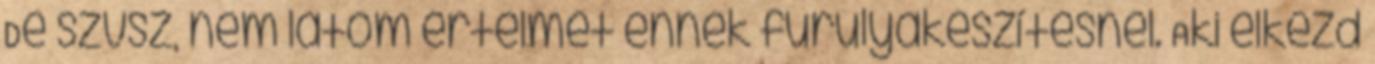
De szvsz, nem látom értelmét ennek furulyakészítésnél. Aki elkezd